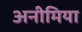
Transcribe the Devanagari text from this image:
अनीमिया